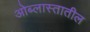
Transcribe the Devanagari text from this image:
ओब्लास्तातील